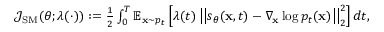
\begin{array} { r } { \mathcal { J } _ { \mathrm { S M } } ( \theta ; \lambda ( \cdot ) ) : = \frac { 1 } { 2 } \int _ { 0 } ^ { T } \mathbb { E } _ { \mathbf { x } \sim p _ { t } } \left[ \lambda ( t ) \left| \left| s _ { \theta } ( \mathbf { x } , t ) - \nabla _ { \mathbf { x } } \log p _ { t } ( \mathbf { x } ) \right| \right| _ { 2 } ^ { 2 } \right] d t , } \end{array}